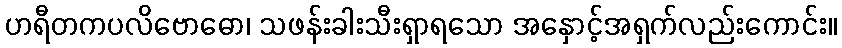
ဟရီတကပလိဗောဓော၊ သဖန်းခါးသီးရှာရသော အနှောင့်အရှက်လည်းကောင်း။